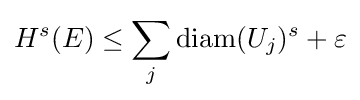
H^{s}(E)\leq \sum _{j}\mathrm {diam} (U_{j})^{s}+\varepsilon